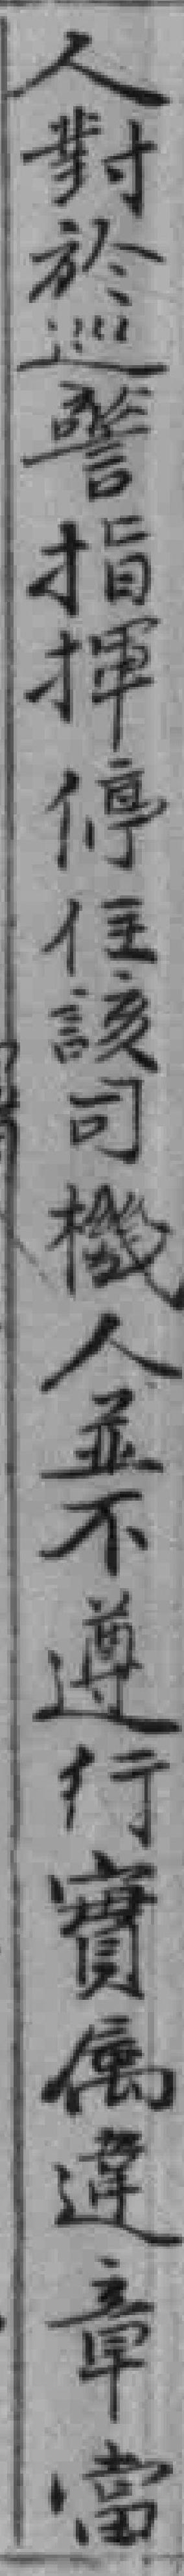
人對於巡警指揮停住該司機人並不遵行實属違章當